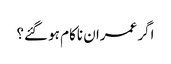
اگر عمران ناکام ہو گئے؟